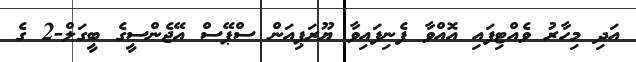
އަދި މިހާރު ވެއްޓިފައި އޮއްވާ ފެނިފައިވާ ޔޫރަޕިއަން ސްޕޭސް އޭޖެންސީގެ ބީގަލް-2 ގެ